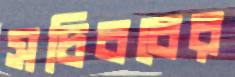
সচিববের